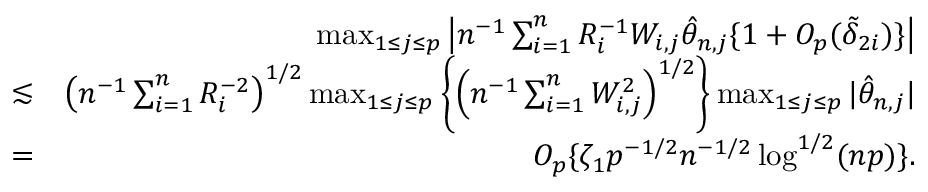
\begin{array} { r l r } & { } & { \operatorname* { m a x } _ { 1 \leq j \leq p } \left| n ^ { - 1 } \sum _ { i = 1 } ^ { n } R _ { i } ^ { - 1 } W _ { i , j } \hat { \theta } _ { n , j } \{ 1 + O _ { p } ( \tilde { \delta } _ { 2 i } ) \} \right| } \\ & { \lesssim } & { \left( n ^ { - 1 } \sum _ { i = 1 } ^ { n } R _ { i } ^ { - 2 } \right) ^ { 1 / 2 } \operatorname* { m a x } _ { 1 \leq j \leq p } \left\{ \left( n ^ { - 1 } \sum _ { i = 1 } ^ { n } W _ { i , j } ^ { 2 } \right) ^ { 1 / 2 } \right\} \operatorname* { m a x } _ { 1 \leq j \leq p } | \hat { \theta } _ { n , j } | } \\ & { = } & { O _ { p } \{ \zeta _ { 1 } p ^ { - 1 / 2 } n ^ { - 1 / 2 } \log ^ { 1 / 2 } ( n p ) \} . } \end{array}